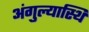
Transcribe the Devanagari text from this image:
अंगुल्यास्थि